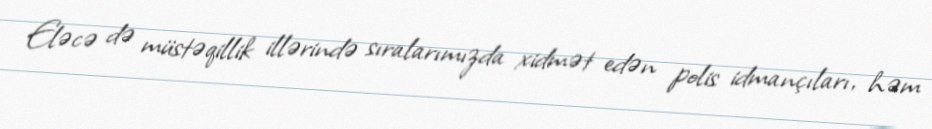
Eləcə də müstəqillik illərində sıralarımızda xidmət edən polis idmançıları, həm